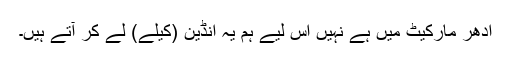
ادھر مارکیٹ میں ہے نہیں اس لیے ہم یہ انڈین (کیلے) لے کر آتے ہیں۔